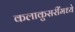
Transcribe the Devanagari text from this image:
कलाकुसरींमध्ये